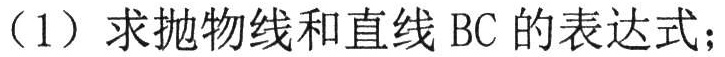
（1）求抛物线和直线 BC 的表达式；